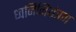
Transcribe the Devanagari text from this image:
ध्वनिनियंत्रण